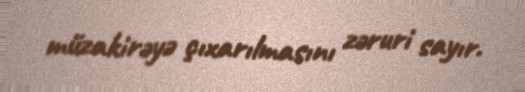
müzakirəyə çıxarılmasını zəruri sayır.